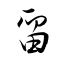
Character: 畱